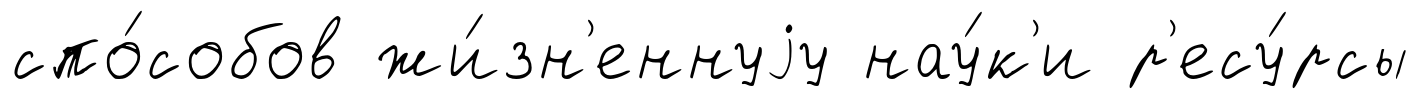
спо́собов жи́зн'еннуjу нау́к'и р'есу́рсы